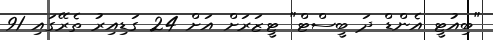
"ބިއުޓީ އެންޑް ދަ ބީސްޓް" ޓީޒަރަށް އަށް 24 ގަޑިއިރު ތެރޭގައި 91